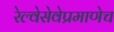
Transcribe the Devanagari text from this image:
रेल्वेसेवेप्रमाणेच